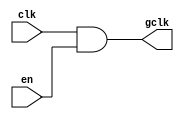
module clock_gating(
    input wire clk,      // Primary clock signal
    input wire en,       // Enable signal
    output wire gclk     // Gated clock output
);

// Clock Gating Logic
assign gclk = clk & en; // Gated clock follows clk when en is high

endmodule